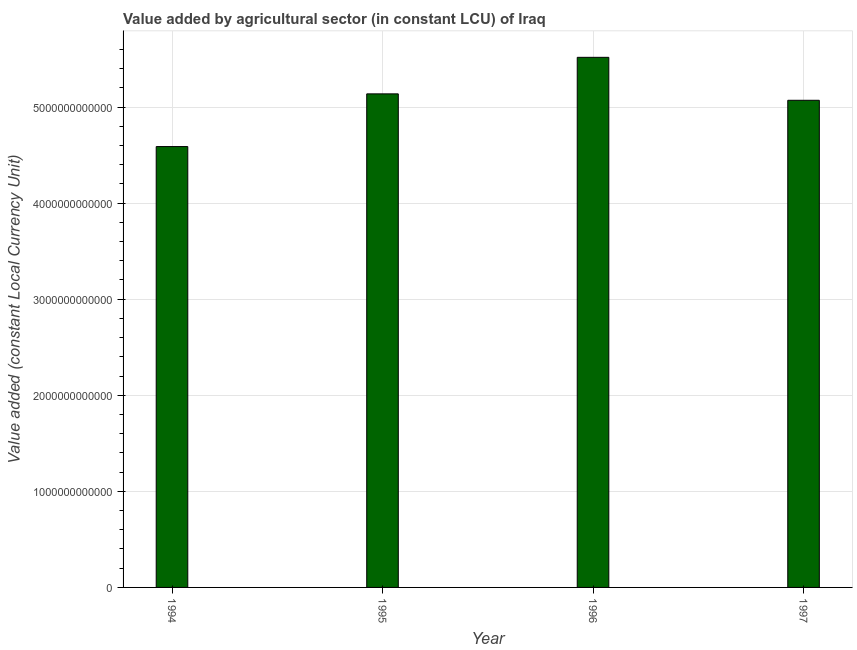
| Year | Agriculture |
 | --- | --- |
 | 1994 | 4.59e+12 |
 | 1995 | 5.14e+12 |
 | 1996 | 5.52e+12 |
 | 1997 | 5.07e+12 |